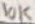
Text: 10K